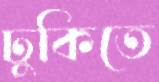
ঢুকিতে